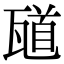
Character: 𪼼